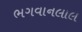
ભગવાનલાલ